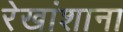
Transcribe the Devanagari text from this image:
रेखांशाना